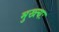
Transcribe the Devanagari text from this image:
मुख्त्यः